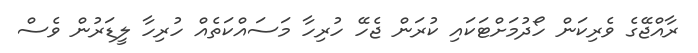
ރާއްޖޭގެ ވެރިކަން ހޯދުމަށްޓަކައި ކުރަން ޖެހޭ ހުރިހާ މަސައްކަތެއް ހުރިހާ ލީޑަރުން ވެސް